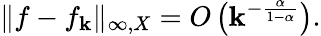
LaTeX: \| f-f_{\mathbf{k}}\| _{\infty,X}=O\left(\mathbf{k}^{-{\frac{{\alpha}}{{1-\alpha}}}}\right).